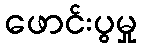
ဖောင်းပွမှု